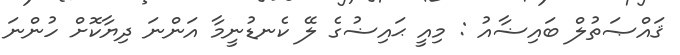
ޤައްޞަތުލް ބައިޟާއު : މިއީ ޙައިޟުގެ ލޭ ކެނޑުނީމާ އަންނަ ދިޔާކޮށް ހުންނަ